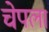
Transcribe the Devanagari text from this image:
चेपला